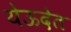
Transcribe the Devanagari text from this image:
येऊदेत